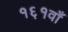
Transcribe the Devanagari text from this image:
१६१वाँ